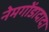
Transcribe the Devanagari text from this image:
नेमगोंडादादा